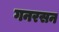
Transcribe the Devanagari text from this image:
गनरसन